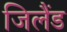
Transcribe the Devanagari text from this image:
जिलैंड